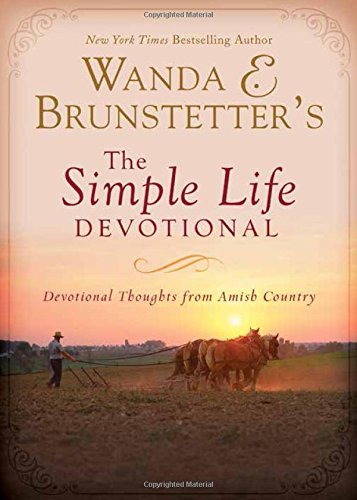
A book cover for Wanda E. Brunstetter's The Simple Life Devotional: Devotional Thoughts from Amish Country; Wanda E. Brunstetter; Christian Books & Bibles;